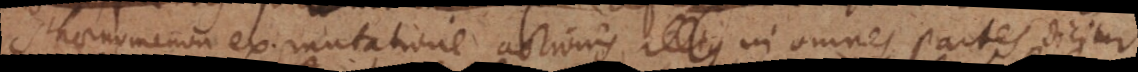
Phaenomenon ex mutatione actionis illius in omnes partes dicitur